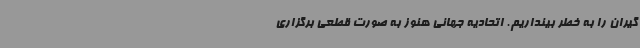
گیران را به خطر بینداریم. اتحادیه جهانی هنوز به صورت قطعی برگزاری